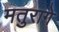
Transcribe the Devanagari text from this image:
मतुरागे